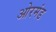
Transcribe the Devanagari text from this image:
ओरमंड